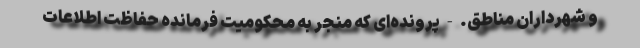
و شهرداران مناطق. - پرونده‌ای که منجر به محکومیت فرمانده حفاظت اطلاعات